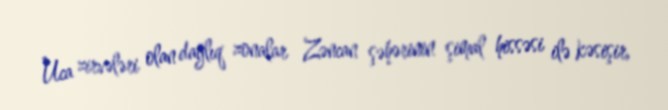
Uca zirvələri olan dağlıq zonalar Zəncan şəhərinin şimal hissəsi ilə kəsişir,